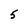
Character: 5